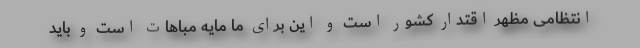
انتظامی مظهر اقتدار کشور است و این برای ما مایه مباهات است و باید